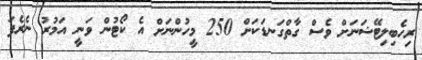
ރިހެބިލިޓޭޝަނަށް ވެސް ގާތްގަނޑަކަށް 250 މީހުންނަށް އެ ކޯޓުން ވަނީ އަމުރު ނެރެފަ